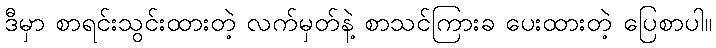
ဒီမှာ စာရင်းသွင်းထားတဲ့ လက်မှတ်နဲ့ စာသင်ကြားခ ပေးထားတဲ့ ပြေစာပါ။